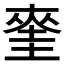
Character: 𭑝